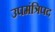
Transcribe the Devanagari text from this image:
उपमंत्रिपद